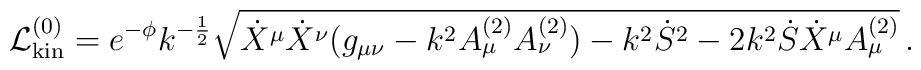
{\cal L}_{{\rm kin}}^{(0)} = e^{-\phi}k^{-{1\over 2}}\sqrt {\dot X^\mu \dot X^\nu \bigl (g_{\mu\nu}-k^2A_\mu^{(2)}A_\nu^{(2)}\bigr )-k^2 {\dot S}^2 -2 k^2 \dot S {\dot X}^\mu A_\mu^{(2)} }\, .